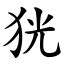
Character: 㹰